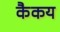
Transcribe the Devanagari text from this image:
कैकय